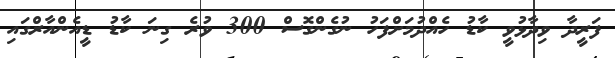
ފަރީދާ ވިދާޅުވީ ކާޑު ހެއްދުމަށްފަހު ނުގެންގޮސް 300 ވުރެ ގިނަ ކާޑު ޑީއެންއާރްގައި